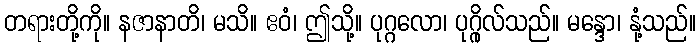
တရားတို့ကို။ နဇာနာတိ၊ မသိ။ ဧဝံ၊ ဤသို့။ ပုဂ္ဂလော၊ ပုဂ္ဂိုလ်သည်။ မန္ဒော၊ နုံ့သည်။